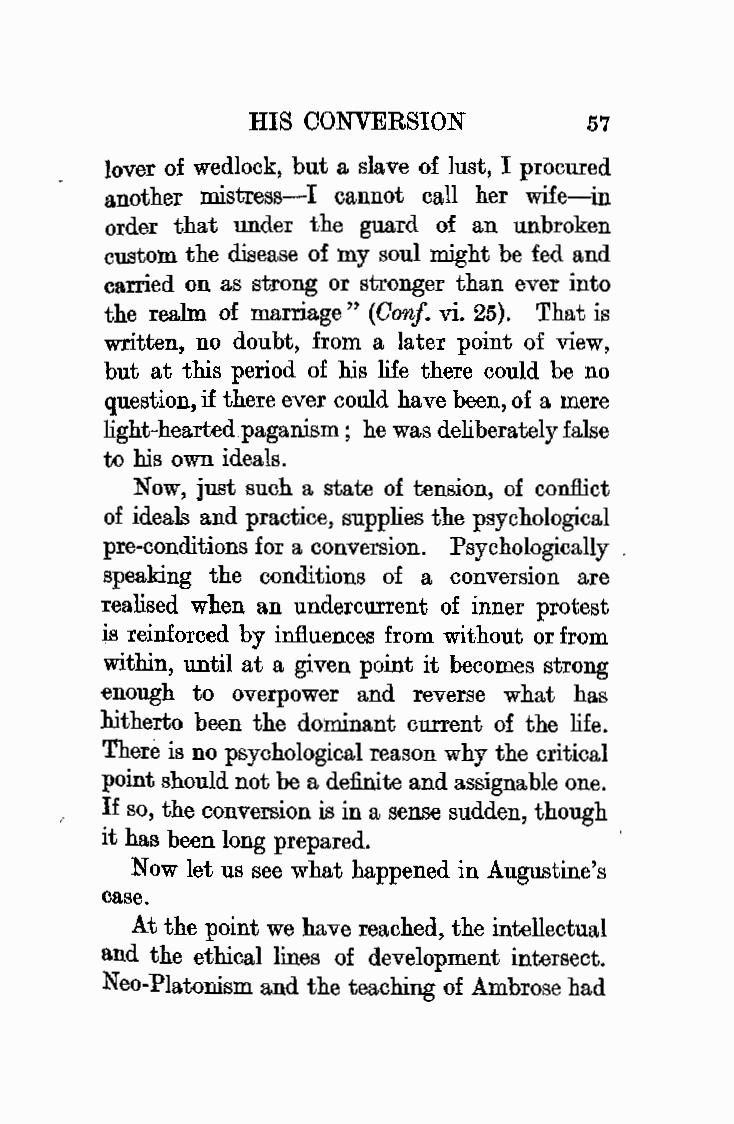
HIS CONVERSION        57
 lover of wedlock, but a slave of Just, I procured
 another mistress-I cannot call her wife-in
 order that under the guard of an unbroken
 custom the disease of my soul might be fed and
 carried on as strong or stronger than ever into
 the realm of marriage,, (Oonf. vi. 25). That is
 written, no doubt, from a later point of view,
 but at this period of his life there could be no
 question, if there ever could have been, of a mere
 light-hearted paganism; he was deliberately false
 to his own ideals.
 Now, just such a state of tension, of conflict
 of ideals and practice, supplies the psycho]ogical
 pre-conditions for a conversion. Psychologically
 speaking the conditions of a conversion are
 realised when an undercurrent of inner protest
 is reinforced by influences from without or from
 within, until at a given point it becomes strong
 enough to overpower and reverse what has
 hitherto been the dominant current of the life.
 There is no psychological reason why the critical
 point should not be a definite and assignable one.
 If so, the conversion is in a sense sudden, though
 it has been long prepared.
 Now let us see what happened in Augustine's
 case.
 At the point we have reached, the intellectual
 and the ethical lines of development intersect.
 Neo-Platonism and the teaching of Ambrose had